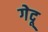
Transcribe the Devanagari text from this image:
गेदू